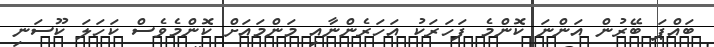
ބައްޕަ ބޭރުން އަންނަ ކޮންމެ ފަހަރަކު އަހަރެންނާއި މަންމައަށް ކޮންމެވެސް ކަހަލަ ކޫސަނި